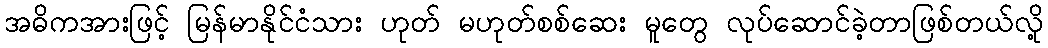
အဓိကအားဖြင့် မြန်မာနိုင်ငံသား ဟုတ် မဟုတ်စစ်ဆေး မူတွေ လုပ်ဆောင်ခဲ့တာဖြစ်တယ်လို့